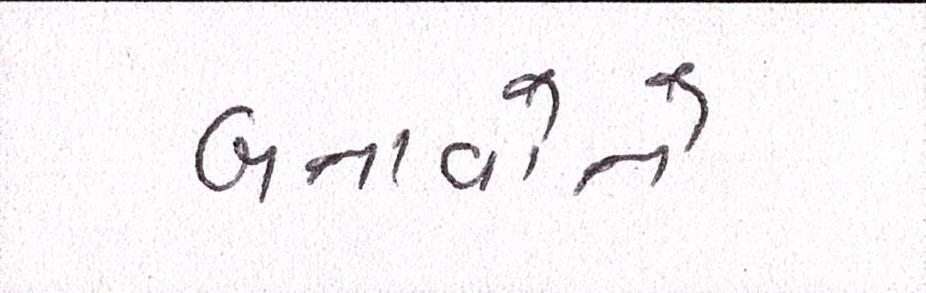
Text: બનાવોને